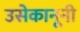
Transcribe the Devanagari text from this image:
उसेकानूनी